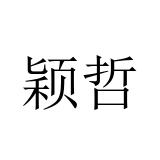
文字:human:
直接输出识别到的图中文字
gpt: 颖哲